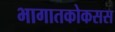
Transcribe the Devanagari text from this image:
भागातकोकसस